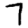
Digit: 7